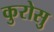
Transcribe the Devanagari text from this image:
कुरोसु